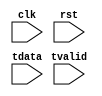
module data_recv (
  input              clk,
  input              rst,
  input              tvalid,
  input      [255:0] tdata
); 

// 状态机
reg [3:0] curr_st, next_st;
parameter idle      = 4'b0000; //空闲状态
parameter fst1      = 4'b0001; //发送第一次数据
parameter fst2      = 4'b0010; //发送第二次数据
parameter recv      = 4'b0011; //发送数据
parameter last      = 4'b0100; //发送最后一次数据
parameter susp_fst1 = 4'b0101;
parameter susp_fst2 = 4'b0110;
parameter susp_recv = 4'b0111; //暂停数据发送

always @(posedge clk or posedge rst) begin
  if (rst) curr_st <= idle;
  else curr_st <= next_st;
end

wire [63:0] header; //同步头
assign header = tdata[191:128];
reg [15:0] size_cnt; //数据计数(byte)
wire tlast;
assign tlast = (size_cnt == (frame_size - 16'd16));
always @(*) begin
  case (curr_st)
    idle:  
      if (tvalid && (header == 64'h0000_0000_1acf_fc1d)) next_st = fst1; 
      else next_st = idle;
    fst1:
      if (tvalid) next_st = fst2;
      else next_st = susp_fst1;
    fst2:
      if (tvalid) next_st = recv;
      else next_st = susp_fst2;
    recv:
      if (tvalid && tlast) next_st = last;
      else if (tvalid) next_st = recv;
      else next_st = susp_recv;
    last:
      next_st <= idle;
    susp_fst1:
      if (tvalid) next_st = fst2;
      else next_st = susp_fst1;
    susp_fst2:
      if (tvalid) next_st = recv;
      else next_st = susp_fst2;
    susp_recv:
      if (tvalid && tlast) next_st = last;
      else if (tvalid) next_st = recv;
      else next_st = susp_recv;
    default: next_st = idle;
  endcase
end

reg [7:0] frame_cnt; //帧计数
always @(posedge clk)
  case (next_st)
    idle: begin 
    size_cnt <= 16'd0; 
    fifo_0_wr_en <= 1'b0; fifo_1_wr_en <= 1'b0;
    fifo_0_din <= 256'd0; fifo_1_din <= 256'd0; 
    end
    fst1: begin
      size_cnt <= 16'd0; frame_size <= tdata[223:208]; frame_cnt <= tdata[247:240]; 
      //根据帧计数的情况决定往哪个fifo存入数据，交替往两个fifo存入数据
      fifo_0_wr_en <= ((tdata[247:240]+1'b1)%2); fifo_1_wr_en <= ((tdata[247:240])%2);
      fifo_0_din <= tdata; fifo_1_din <= tdata; 
    end
    fst2: begin
      size_cnt <= size_cnt + 16'd16; 
      fifo_0_wr_en <= ((frame_cnt+1'b1)%2); fifo_1_wr_en <= ((frame_cnt)%2);
      fifo_0_din <= tdata; fifo_1_din <= tdata;
    end
    recv: begin
      size_cnt <= size_cnt + 16'd32; 
      fifo_0_wr_en <= ((frame_cnt+1'b1)%2); fifo_1_wr_en <= ((frame_cnt)%2);
      fifo_0_din <= tdata; fifo_1_din <= tdata;
    end
    last: begin
      size_cnt <= size_cnt + 16'd16; 
      fifo_0_wr_en <= ((frame_cnt+1'b1)%2); fifo_1_wr_en <= ((frame_cnt)%2);
      fifo_0_din <= tdata; fifo_1_din <= tdata; 
    end
    susp_fst1:
      begin size_cnt <= size_cnt; fifo_0_wr_en <= 1'b0; fifo_1_wr_en <= 1'b0; end
    susp_fst2:
      begin size_cnt <= size_cnt; fifo_0_wr_en <= 1'b0; fifo_1_wr_en <= 1'b0; end
    susp_recv:
      begin size_cnt <= size_cnt; fifo_0_wr_en <= 1'b0; fifo_1_wr_en <= 1'b0; end
    default: begin size_cnt <= 16'd0; fifo_0_wr_en <= 1'b0; fifo_1_wr_en <= 1'b0; end
  endcase

endmodule